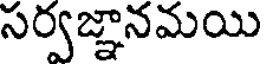
సర్వజ్ఞానమయి